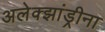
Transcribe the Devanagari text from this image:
अलेक्झांड्रीना